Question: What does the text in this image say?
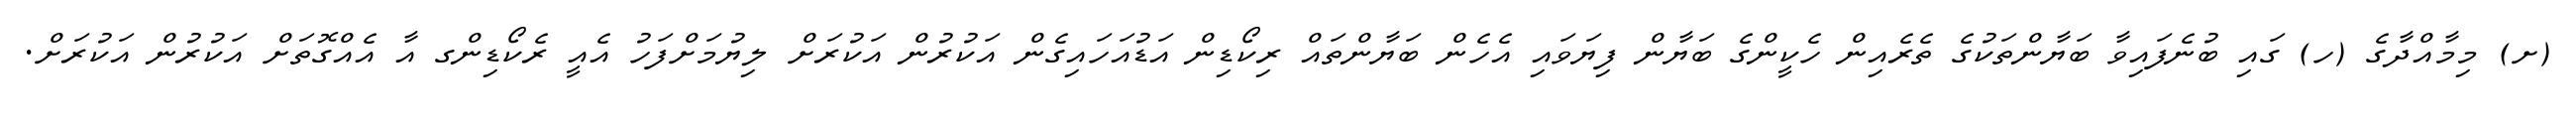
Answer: (ށ) މިމާއްދާގެ (ހ) ގައި ބުނެފައިވާ ބަޔާންތަކުގެ ތެރެއިން ހެކީންގެ ބަޔާން ފިޔަވައި އެހެން ބަޔާންތައް ރިކޯޑިން އަޑުއަހައިގެން އަކުރުން އަކުރަށް ލިޔުމަށްފަހު އެއީ ރެކޯޑިންގ އާ އެއްގޮތަށް އަކުރުން އަކުރަށް.